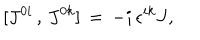
[ J ^ { 0 i } \, , \, J ^ { 0 k } ] \, = \, - i \, \epsilon ^ { i k } J ,